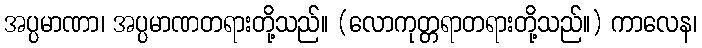
အပ္ပမာဏာ၊ အပ္ပမာဏတရားတို့သည်။ (လောကုတ္တရာတရားတို့သည်။) ကာလေန၊